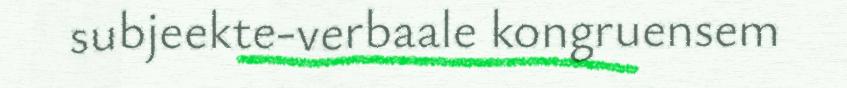
subjeekte-verbaale kongruensem